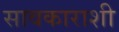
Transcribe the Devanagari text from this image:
सावकाराशी